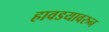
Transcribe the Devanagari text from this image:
हावडयावरुन